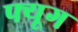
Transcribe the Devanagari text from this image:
फ्यूग